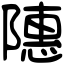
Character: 䧥